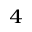
^ 4